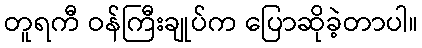
တူရကီ ဝန်ကြီးချုပ်က ပြောဆိုခဲ့တာပါ။